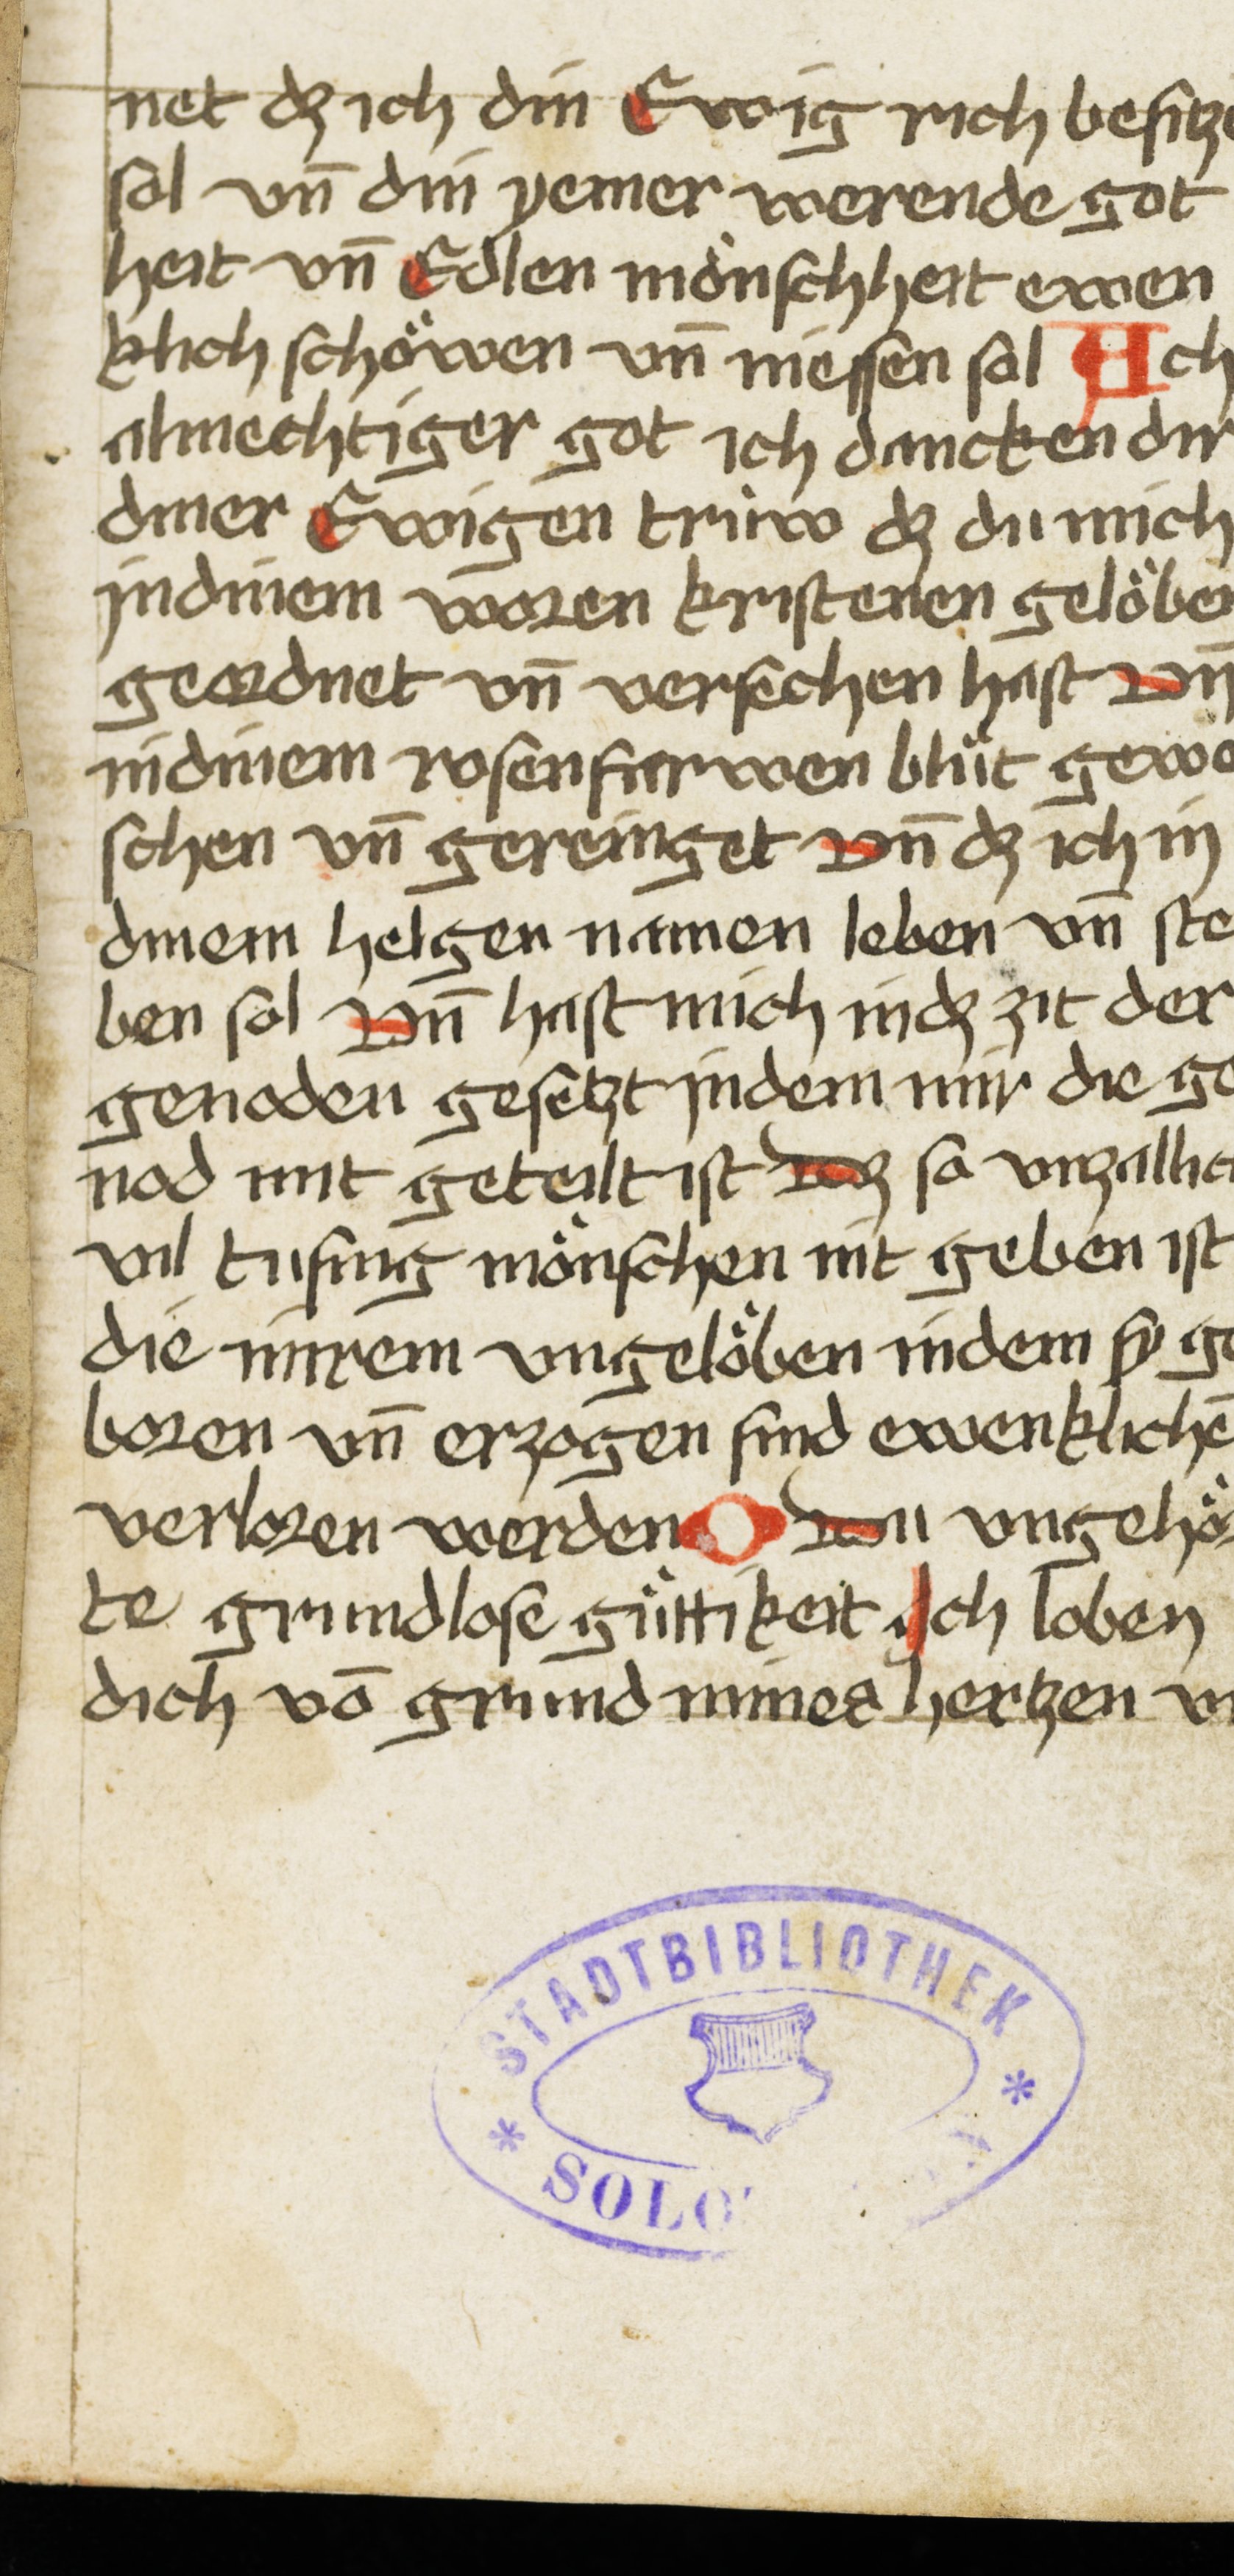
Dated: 1507–1507